Annual report on the working of the lock hospitals in the Central Provinces
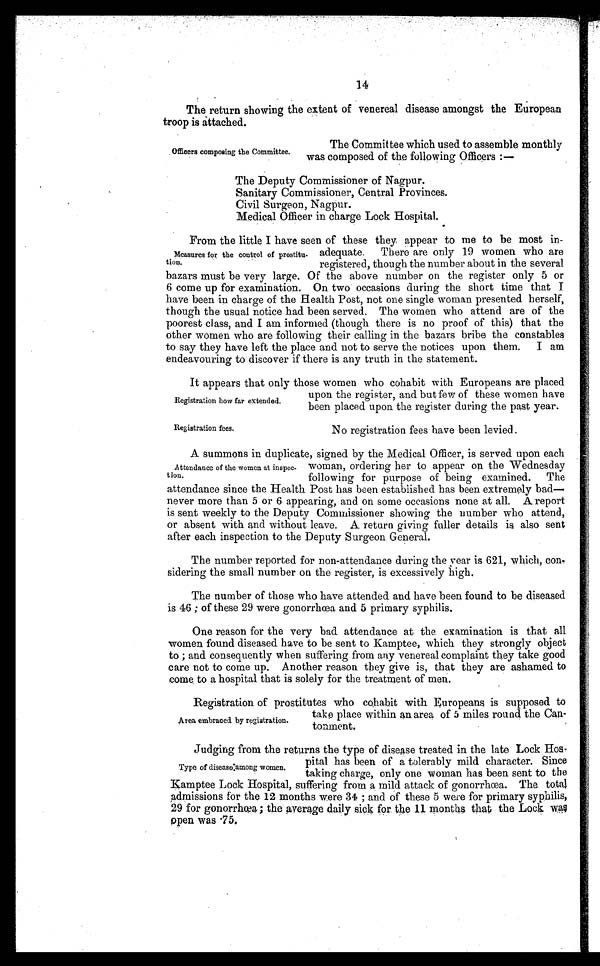
Registration fees.
No registration fees have been levied.
14
The return showing the extent of venereal disease amongst the European
troop is attached.
Officers composing the Committee.
The Committee which used to assemble monthly
was composed of the following Officers :—
The Deputy Commissioner of Nagpur.
Sanitary Commissioner, Central Provinces.
Civil Surgeon, Nagpur.
Medical Officer in charge Lock Hospital.
Measures for the control of prostitu-
tion.
From the little I have seen of these they appear to me to be most in-
adequate. There are only 19 women who are
registered, though the number about in the several
bazars must be very large. Of the above number on the register only 5 or
6 come up for examination. On two occasions during the short time that I
have been in charge of the Health Post, not one single woman presented herself,
though the usual notice had been served. The women who attend are of the
poorest class, and I am informed (though there is no proof of this) that the
other women who are following their calling in the bazars bribe the constables
to say they have left the place and not to serve the notices upon them. I am
endeavouring to discover if there is any truth in the statement.
Registration how far extended.
It appears that only those women who cohabit with Europeans are placed
upon the register, and but few of these women have
been placed upon the register during the past year.
Attendance of the women at inspec-
tion.
A summons in duplicate, signed by the Medical Officer, is served upon each
woman, ordering her to appear on the Wednesday
following for purpose of being examined. The
attendance since the Health Post has been established has been extremely bad—
never more than 5 or 6 appearing, and on some occasions none at all. A report
is sent weekly to the Deputy Commissioner showing the number who attend,
or absent with and without leave. A return giving fuller details is also sent
after each inspection to the Deputy Surgeon General.
The number reported for non-attendance during the year is 621, which, con
-sidering the small number on the register, is excessively high.
The number of those who have attended and have been found to be diseased
is 46 ; of these 29 were gonorrhœa and 5 primary syphilis.
One reason for the very bad attendance at the examination is that all
women found diseased have to be sent to Kamptee, which they strongly object
to ; and consequently when suffering from any venereal complaint they take good
care not to come up. Another reason they give is, that they are ashamed to
come to a hospital that is solely for the treatment of men.
Area embraced by registration.
Registration of prostitutes who cohabit with Europeans is supposed to
take place within an area of 5 miles round the Can-
tonment.
Type of disease among women.
Judging from the returns the type of disease treated in the late Lock Hos-
pital has been of a tolerably mild character. Since
taking charge, only one woman has been sent to the
Kamptee Lock Hospital, suffering from a mild attack of gonorrhœa. The total
admissions for the 12 months were 31 ; and of these 5 were for primary syphilis,
29 for gonorrhœa ; the average daily sick for, the 11 months that the Lock was
ppen was 75.